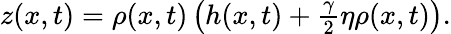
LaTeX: \begin{array}{r}{z(x,t)=\rho(x,t)\left(h(x,t)+\frac{\gamma}{2}\eta\rho(x,t)\right).}\end{array}